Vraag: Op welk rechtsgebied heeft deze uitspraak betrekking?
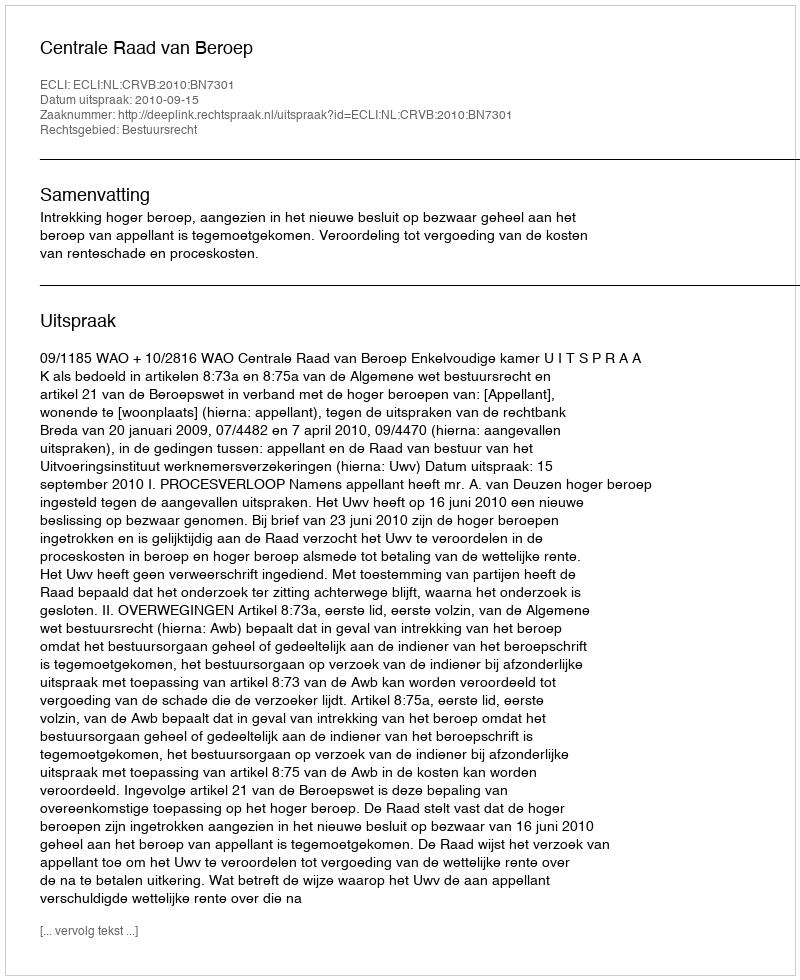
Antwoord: Bestuursrecht